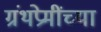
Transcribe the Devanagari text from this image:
ग्रंथप्रेमींच्या